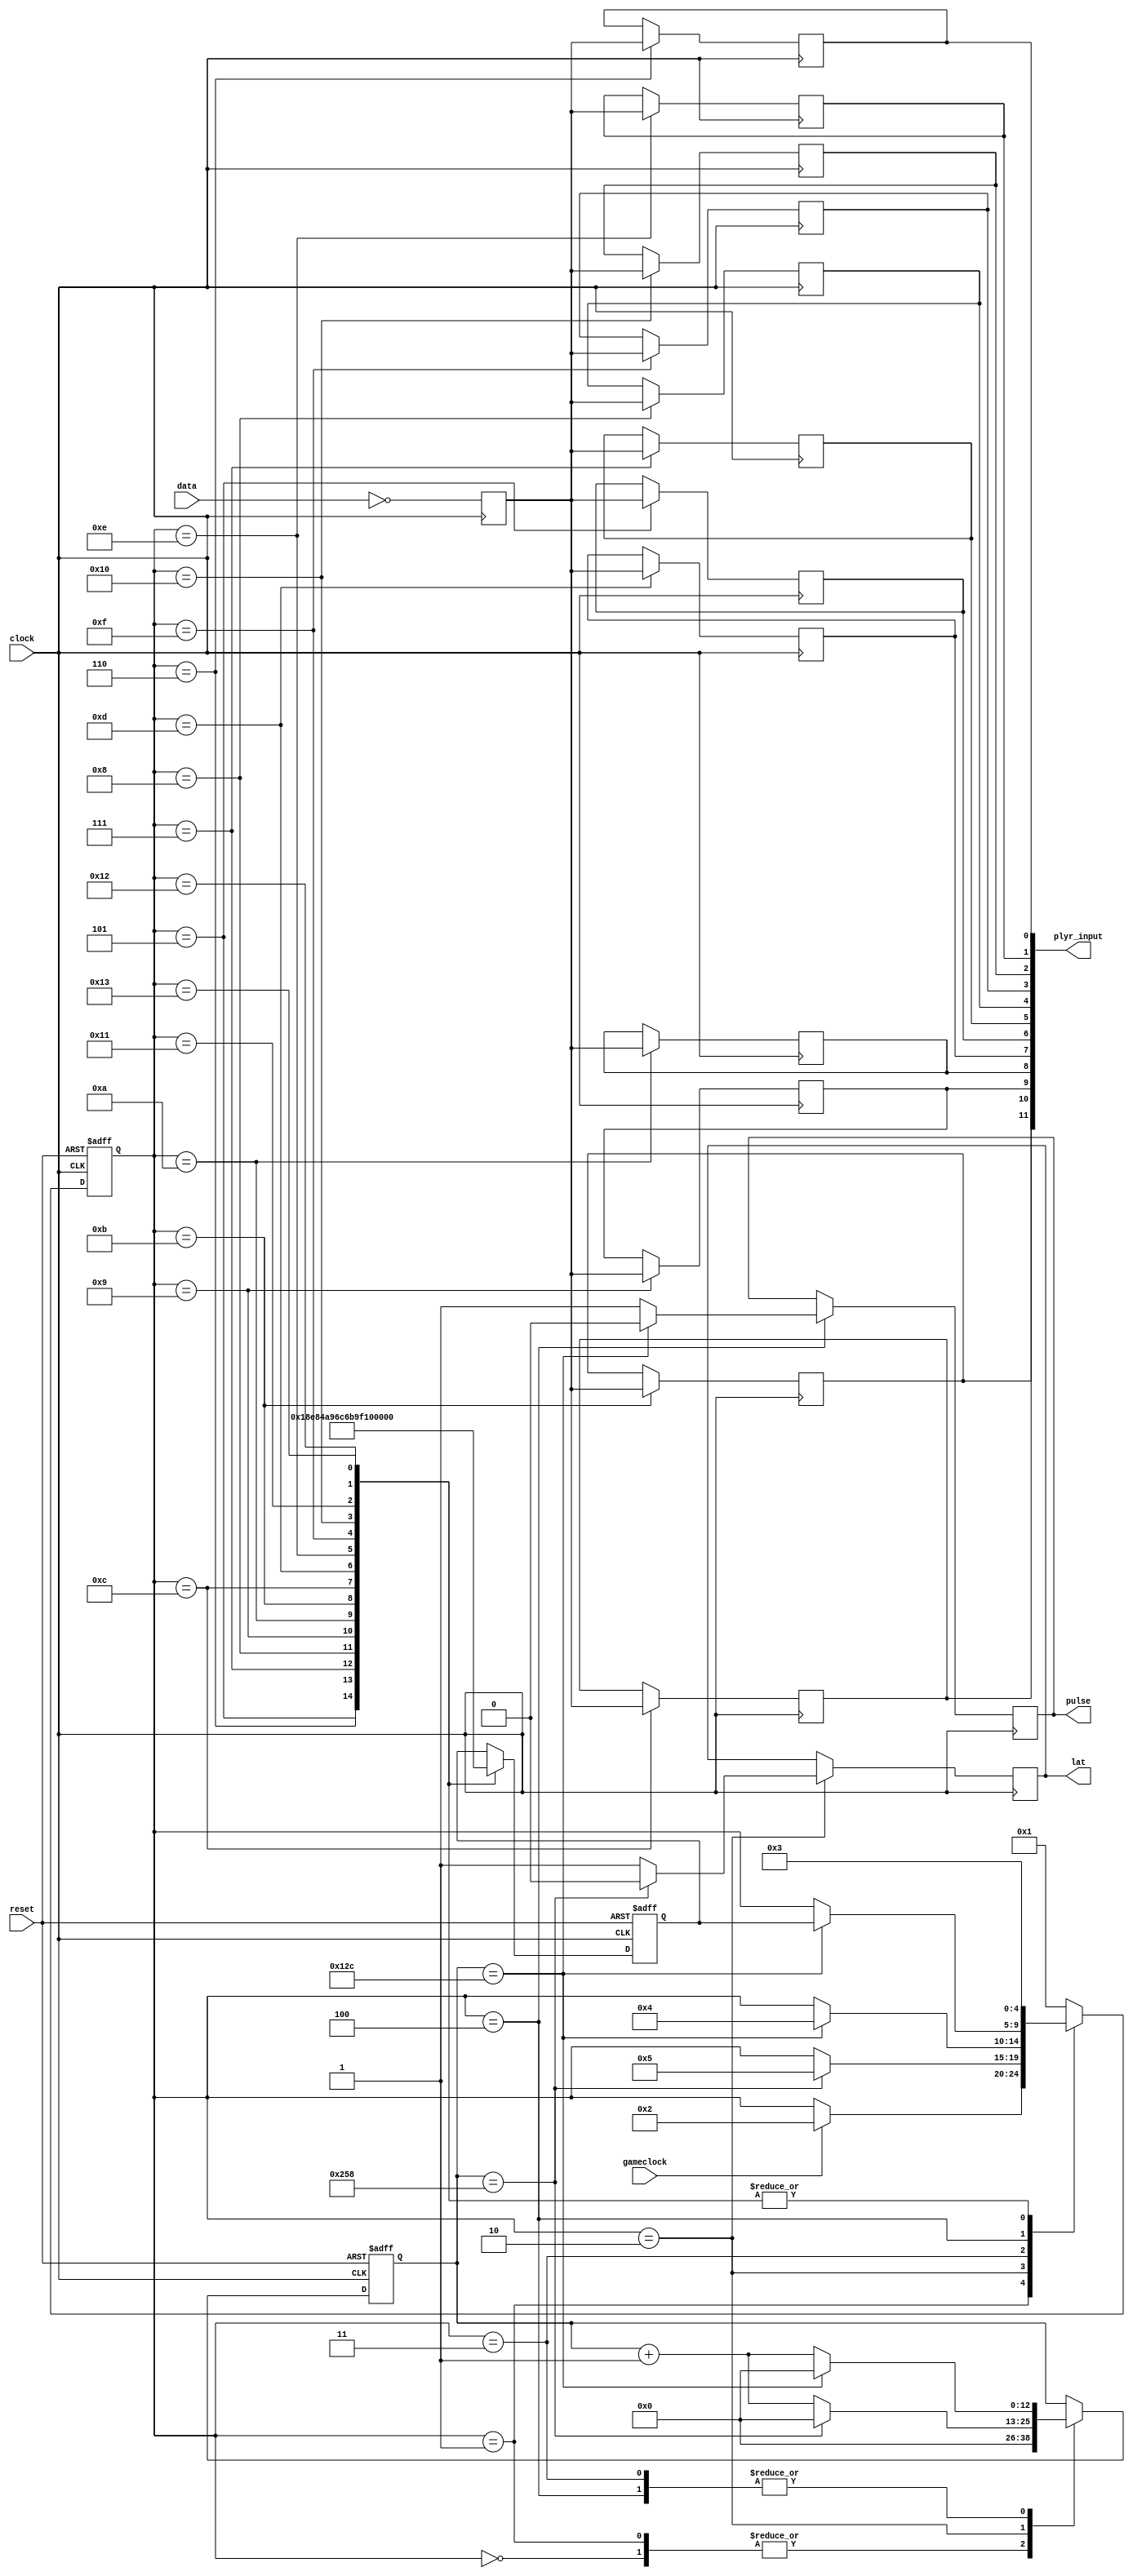
/** SNES Controller Interface ***************************************************************
 *
 * Provides a means of communication, through SNES controller, with the game logic, outputs 
 * state of buttons after receiving pulse from 60 Hz game clock.
 *
 * $AUTHOR$   John Hall, Reuben Smith
 * $COURSE$   ECE 287 C, Fall 2011
 * $TEACHER$  Peter Jamieson
 *
 * References:
 *   <1> http://web.mit.edu/6.111/www/s2004/PROJECTS/2/nes.htm
 *
 */


/*
 * Copyright (c) 2011, Reuben Smith and John Hall
 * All rights reserved.
 *
 * Redistribution and use in source and binary forms, with or without 
 * modification, are permitted provided that the following conditions are met:
 *
 * # Redistributions of source code must retain the above copyright notice, this
 *   list of conditions and the following disclaimer.
 * # Redistributions in binary form must reproduce the above copyright notice, 
 *   this list of conditions and the following disclaimer in the documentation 
 *   and/or other materials provided with the distribution.
 *
 * THIS SOFTWARE IS PROVIDED BY THE COPYRIGHT HOLDERS AND CONTRIBUTORS "AS IS" 
 * AND ANY EXPRESS OR IMPLIED WARRANTIES, INCLUDING, BUT NOT LIMITED TO, THE 
 * IMPLIED WARRANTIES OF MERCHANTABILITY AND FITNESS FOR A PARTICULAR PURPOSE 
 * ARE DISCLAIMED. IN NO EVENT SHALL THE COPYRIGHT HOLDER OR CONTRIBUTORS BE 
 * LIABLE FOR ANY DIRECT, INDIRECT, INCIDENTAL, SPECIAL, EXEMPLARY, OR 
 * CONSEQUENTIAL DAMAGES (INCLUDING, BUT NOT LIMITED TO, PROCUREMENT OF 
 * SUBSTITUTE GOODS OR SERVICES; LOSS OF USE, DATA, OR PROFITS; OR BUSINESS 
 * INTERRUPTION) HOWEVER CAUSED AND ON ANY THEORY OF LIABILITY, WHETHER IN 
 * CONTRACT, STRICT LIABILITY, OR TORT (INCLUDING NEGLIGENCE OR OTHERWISE) 
 * ARISING IN ANY WAY OUT OF THE USE OF THIS SOFTWARE, EVEN IF ADVISED OF THE 
 * POSSIBILITY OF SUCH DAMAGE.
 *
 */
 
module gameinput(clock, gameclock, reset, lat, pulse, data, plyr_input);
   input clock, gameclock, reset, data;
   output lat, pulse;
   reg lat, lat1, pulse, pulse1, data1;
   output [11:0] plyr_input;
   
   reg left = 1'b0, 
	   right = 1'b0, 
	   up = 1'b0, 
	   down = 1'b0, 
	   A = 1'b0, 
	   B = 1'b0, 
	   select = 1'b0, 
	   start = 1'b0, 
	   Lb = 1'b0, 
	   Rb = 1'b0, 
	   X = 1'b0, 
	   Y = 1'b0;
   reg left1, right1, up1, down1, A1, B1, select1, start1, Lb1, Rb1, X1, Y1;
   assign plyr_input = {left, right, up, down, A, B, select, start, Lb, Rb, X, Y};              
   
   reg [4:0] state, nextstate, returnstate, nextreturnstate;
   reg [12:0] count, nextcount; 

   parameter START = 5'd0;
   parameter IDLE = 5'd1;
   parameter LATCH = 5'd2;
   parameter WAIT = 5'd3;
   parameter PULSE = 5'd4;
   parameter READ_B = 5'd5; // Read data for each of the button states
   parameter READ_Y = 5'd6;
   parameter READ_SEL = 5'd7;
   parameter READ_STRT = 5'd8;
   parameter READ_UP = 5'd9;
   parameter READ_DOWN = 5'd10;
   parameter READ_LEFT = 5'd11;
   parameter READ_RIGHT = 5'd12;
   parameter READ_A = 5'd13;
   parameter READ_X = 5'd14;
   parameter READ_LB = 5'd15;
   parameter READ_RB = 5'd16;
   parameter NULL_1 = 5'd17;
   parameter NULL_2 = 5'd18;
   parameter NULL_3 = 5'd19;
   parameter NULL_4 = 5'd20;
   
   
   
   parameter TWELVE_US = 12'd600;    //count for 12 us on a 50 MHz clock
   parameter SIX_US = 12'd300; //count for 6 us on a 50 MHz clock
 
always @ (posedge clock or negedge reset)
begin
	if (!reset) begin
		 state <= START;
		 returnstate <= START;
		 count <= 0;
		end    
  else  begin
		 state <= nextstate;
		 returnstate <= nextreturnstate;
		 count <= nextcount;
		end
end

always@(posedge clock)
begin
	 data1 <= ~data;
	  lat <= lat1;
	  pulse <= pulse1;
	  left <= left1;
	  right <= right1;
	  up <= up1;
	  down <= down1;
	  A <= A1;
	  B <= B1;
	  select <= select1;
	  start <= start1;
	  X <= X1;
	  Y <= Y1;
	  Lb <= Lb1;
	  Rb <= Rb1;
end
 
always @ (*)
   begin
		  //defaults
		  nextstate = state;
		  nextreturnstate = returnstate;
		  nextcount = count;
		  lat1 = lat;
		  pulse1 = pulse;
		  left1 = left;
		  right1 = right;
		  up1 = up;
		  down1 = down;
		  A1 = A;
		  B1 = B;
		  select1 = select;
		  start1 = start;
		  X1 = X;
		  Y1 = Y;
		  Lb1 = Lb;
		  Rb1 = Rb;
 
		  case (state)
		  START:
		  begin
				 nextstate = IDLE;
				 nextcount = 0;
		  end
		  IDLE:
		  begin
				 nextcount = 0;
				 //get input at input rate specified by game clock
				 if (gameclock)             nextstate = LATCH;
		  end
		  LATCH:
		  begin
				 //latch 12 us, then go to read A
				 lat1 = 1'b1;
				 if (count == TWELVE_US) begin
					   nextcount = 0;
					   lat1 = 1'b0;
					   nextstate = READ_B;
				 end
				 else   nextcount = count + 1'b1;
		  end
		  WAIT:
		  begin
				 //wait 6 us, then go to pulse
				 if (count == SIX_US) begin
					   nextcount = 0;
					   nextstate = PULSE;

				 end
				 else   nextcount = count + 1'b1;
		  end
		  PULSE:
		  begin
				 //pulse 6 us, then go to returnstate and read data
				 pulse1 = 1;
				 if (count == SIX_US) begin
					   nextcount = 0;
					   pulse1 = 1'b0;
					   nextstate = returnstate;

				 end
				 else   nextcount = count + 1'b1;
		  end
		  READ_B:
		  begin
				 B1 = data1;
				 nextreturnstate = READ_Y;
				 nextstate = WAIT;
		  end
		  READ_Y:
		  begin
				 Y1 = data1;
				 nextreturnstate = READ_SEL;
				 nextstate = WAIT;
		  end
		  READ_SEL:
		  begin
				 select1 = data1;
				 nextreturnstate = READ_STRT;
				 nextstate = WAIT;
		  end
		  READ_STRT:
		  begin
				 start1 = data1;
				 nextreturnstate = READ_UP;
				 nextstate = WAIT;
		  end
		  READ_UP:
		  begin
				 up1 = data1;
				 nextreturnstate = READ_DOWN;
				 nextstate = WAIT;
		  end
		  READ_DOWN:
		  begin
				 down1 = data1;
				 nextreturnstate = READ_LEFT;
				 nextstate = WAIT;
		  end
		  READ_LEFT:
		  begin
				 left1 = data1;
				 nextreturnstate = READ_RIGHT;
				 nextstate = WAIT;
		  end
		  READ_RIGHT:
		  begin
				 right1 = data1;
				 nextreturnstate = READ_A;
				 nextstate = WAIT;
		  end
		  READ_A:
		  begin
				 A1 = data1;
				 nextreturnstate = READ_X;
				 nextstate = WAIT;
		  end
		  READ_X:
		  begin
				 X1 = data1;
				 nextreturnstate = READ_LB;
				 nextstate = WAIT;
		  end
		  READ_LB:
		  begin
				 Lb1 = data1;
				 nextreturnstate = READ_RB;
				 nextstate = WAIT;
		  end
		  READ_RB:
		  begin
				 Rb1 = data1;
				 nextreturnstate = NULL_1;
				 nextstate = WAIT;
		  end
		  NULL_1:
		  begin
				 nextreturnstate = NULL_2;
				 nextstate = WAIT;
		  end
		  NULL_2:
		  begin
				 nextreturnstate = NULL_3;
				 nextstate = WAIT;
		  end
		  NULL_3:
		  begin
				 nextreturnstate = NULL_4;
				 nextstate = WAIT;
		  end
		  NULL_4:
		  begin
				 nextstate= IDLE;
		  end
		  default:
				 nextstate = IDLE;
		  endcase
end

endmodule